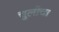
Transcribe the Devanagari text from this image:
चुलीचा